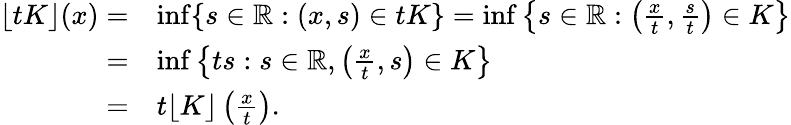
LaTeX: \begin{array}{rl}{\lfloor tK\rfloor(x)=}&{\operatorname*{inf}\{ s\in\mathbb{R}:(x,s)\in tK\} =\operatorname*{inf}\left\{ s\in\mathbb{R}:\left(\frac{x}{t},\frac{s}{t}\right)\in K\right\} }\\ {=}&{\operatorname*{inf}\left\{ ts:s\in\mathbb{R},\left(\frac{x}{t},s\right)\in K\right\} }\\ {=}&{t\lfloor K\rfloor\left(\frac{x}{t}\right).}\end{array}